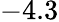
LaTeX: -4.3